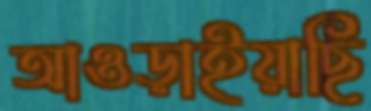
আওড়াইয়াছি